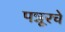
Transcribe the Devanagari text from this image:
पन्नूरचे